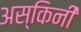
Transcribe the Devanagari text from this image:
अस्किनी